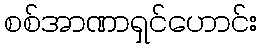
စစ်အာဏာရှင်ဟောင်း